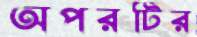
অপরটির